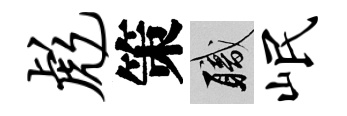
彪策職岷